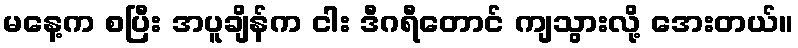
မနေ့က စပြီး အပူချိန်က ငါး ဒီဂရီတောင် ကျသွားလို့ အေးတယ်။